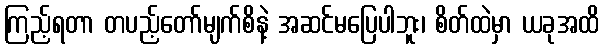
ကြည့်ရတာ တပည့်တော်မျက်စိနဲ့ အဆင်မပြေပါဘူး၊ စိတ်ထဲမှာ ယခုအထိ